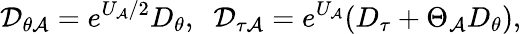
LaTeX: {\cal D}_{\theta{\cal A}}=e^{U_{\cal A}/2}D_{\theta},\; \; {\cal D}_{\tau{\cal A}}=e^{U_{\cal A}}(D_{\tau}+\Theta_{\cal A}D_{\theta}),